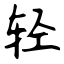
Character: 轻